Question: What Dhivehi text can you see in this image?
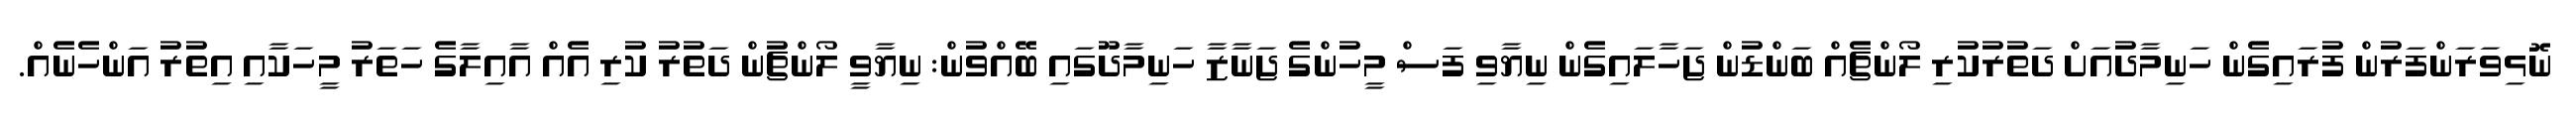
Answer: ނޮޅިވަރަންފަރުން ފުރައިގެން ހަނިމާދުއަށް ދަތުރުކުރި ލޯންޗެއް ބަންޑުން ޖަހާލައިގެން ނިޔާވި ފަސް މީހުންގެ ޖަނާޒާ ހަނިމާދޫގައި ބޭއްވުން: ނިޔާވީ ލޯންޗުން ދަތުރު ކުރި އެއް އާއިލާގެ ހަތަރު މީހަކާއި އިތުރު އަންހެނެއް.